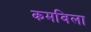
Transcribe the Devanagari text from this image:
कमविला